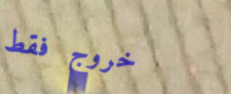
خروج فقط